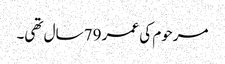
مرحوم کی عمر 79 سال تھی۔